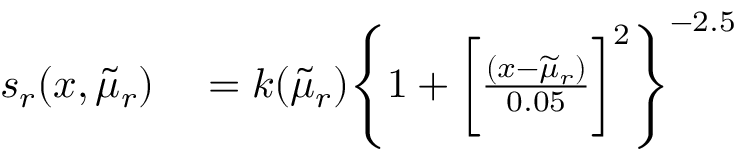
\begin{array} { r l } { s _ { r } ( x , \widetilde { \mu } _ { r } ) } & { { } = k ( \widetilde { \mu } _ { r } ) \Biggl \{ 1 + \biggl [ \frac { ( x - \widetilde { \mu } _ { r } ) } { 0 . 0 5 } \biggl ] ^ { 2 } \Biggl \} ^ { - 2 . 5 } } \end{array}